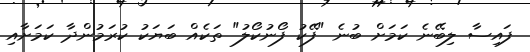
ފައިސާ ލިބޭނެ ކަމަށް ބުނެ "ފޭކު ފޯނުކޯލު" ތަކެއް ބަޔަކު ކުރަމުންދާ ކަމަށާއި